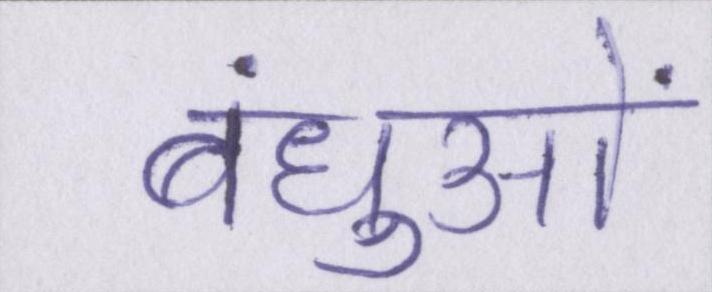
बंधुओं